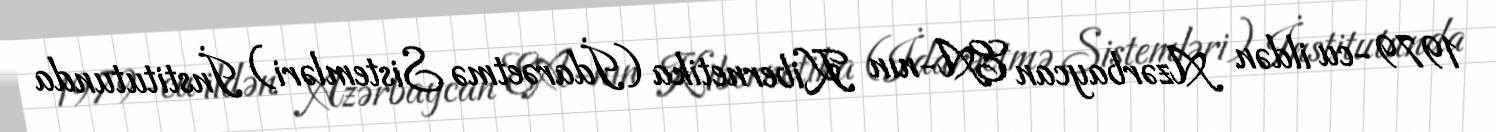
1979-cu ildən Azərbaycan EA-nın Kibernetika (İdarəetmə Sistemləri) İnstitutunda